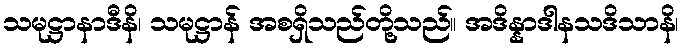
သမုဋ္ဌာနာဒီနိ၊ သမုဋ္ဌာန် အစရှိသည်တို့သည်။ အဒိန္နာဒါနသဒိသာနိ၊